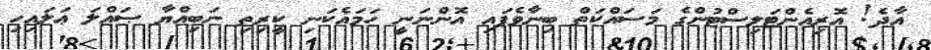
އާދެ! އޮރިއެންޓަލިސްޓުންގެ މަސައްކަތް ބިނާވެފައި އޮންނަނީ ހަމައެކަނި ކީރިތި ނަބިއްޔާ ޞައްލަ ޢަލައިހި